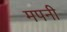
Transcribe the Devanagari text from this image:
मपनी